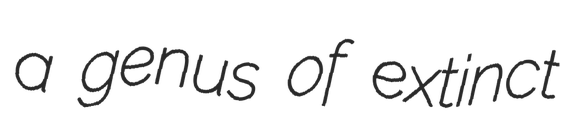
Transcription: a genus of extinct